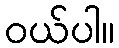
ဝယ်ပါ။